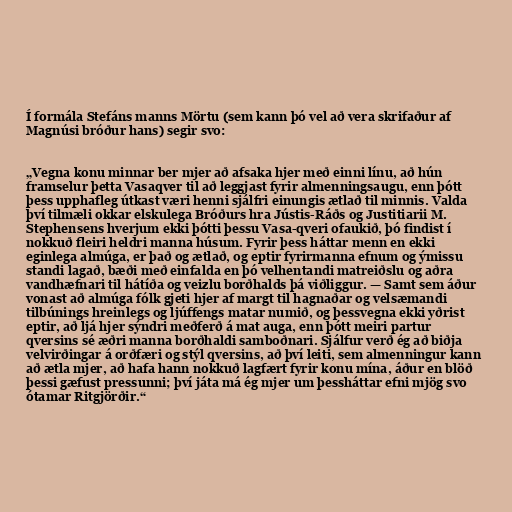
Í formála Stefáns manns Mörtu (sem kann þó vel að vera skrifaður af
Magnúsi bróður hans) segir svo:

„Vegna konu minnar ber mjer að afsaka hjer með einni línu, að hún
framselur þetta Vasaqver til að leggjast fyrir almenningsaugu, enn þótt
þess upphafleg útkast væri henni sjálfri einungis ætlað til minnis. Valda
því tilmæli okkar elskulega Bróðurs hra Jústis-Ráðs og Justitiarii M.
Stephensens hverjum ekki þótti þessu Vasa-qveri ofaukið, þó findist í
nokkuð fleiri heldri manna húsum. Fyrir þess háttar menn en ekki
eginlega almúga, er það og ætlað, og eptir fyrirmanna efnum og ýmissu
standi lagað, bæði með einfalda en þó velhentandi matreiðslu og aðra
vandhæfnari til hátíða og veizlu borðhalds þá viðliggur. — Samt sem áður
vonast að almúga fólk gjeti hjer af margt til hagnaðar og velsæmandi
tilbúnings hreinlegs og ljúffengs matar numið, og þessvegna ekki yðrist
eptir, að ljá hjer sýndri meðferð á mat auga, enn þótt meiri partur
qversins sé æðri manna borðhaldi samboðnari. Sjálfur verð ég að biðja
velvirðingar á orðfæri og stýl qversins, að því leiti, sem almenningur kann
að ætla mjer, að hafa hann nokkuð lagfært fyrir konu mína, áður en blöð
þessi gæfust pressunni; því játa má ég mjer um þessháttar efni mjög svo
ótamar Ritgjörðir.“